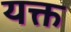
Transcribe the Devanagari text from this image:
यक्त